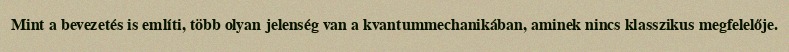
Mint a bevezetés is említi, több olyan jelenség van a kvantummechanikában, aminek nincs klasszikus megfelelője.